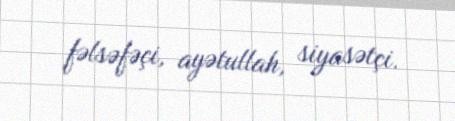
fəlsəfəçi, ayətullah, siyasətçi.